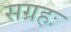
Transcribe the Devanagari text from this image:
सग्रहः